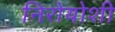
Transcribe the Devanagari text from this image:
निरोयोशी